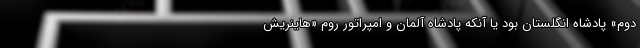
دوم» پادشاه انگلستان بود یا آنکه پادشاه آلمان و امپراتور روم «هاینریش